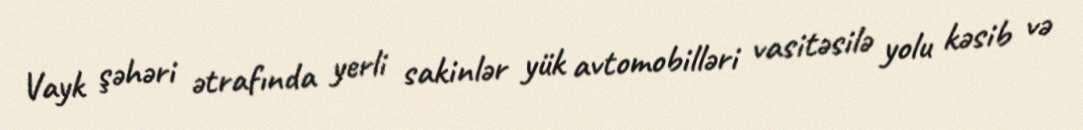
Vayk şəhəri ətrafında yerli sakinlər yük avtomobilləri vasitəsilə yolu kəsib və